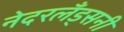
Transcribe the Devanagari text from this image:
नेदरलँड्सनी